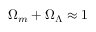
\Omega _ { m } + \Omega _ { \Lambda } \approx 1